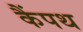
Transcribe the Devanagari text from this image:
कैंपथ